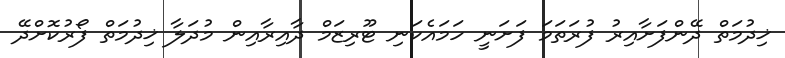
ޚިދުމަތް ދޭންފަށާއިރު ފުރަތަމަ ފަށަނީ ހަމައެކަނި ޓޫރިޒަމް ދާއިރާއިން މުދަލާ ޚިދުމަތް ފޯރުކޮށްދޭ